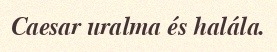
Caesar uralma és halála.